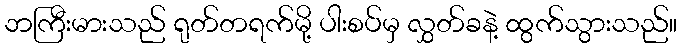
ဘကြီးမားသည် ရုတ်တရက်မို့ ပါးစပ်မှ လွှတ်ခနဲ့ ထွက်သွားသည်။